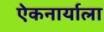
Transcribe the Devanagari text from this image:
एेकनार्याला